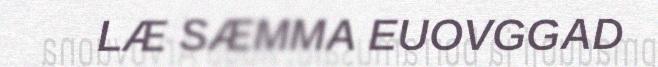
LÆ SÆMMA EUOVGGAD